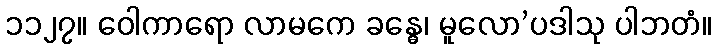
၁၁၂၇။ ဝေါကာရော လာမကေ ခန္ဓေ၊ မူလော’ပဒါသု ပါဘတံ။